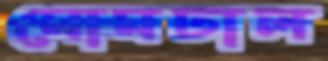
মোমঢাল